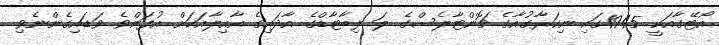
އޯޓޭގާއަކީ 1945ގައި ނިކަރާގުއާގެ ޗޮންޓާލެސްގެ ލަ ލިބާޓާޑްގެ އާދައިގެ އާއިލާއަކަށް އުފަންވެ ވަޑައިގެންނެވި